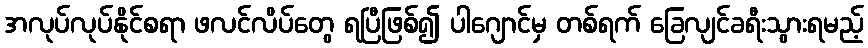
အလုပ်လုပ်နိုင်စရာ ဖလင်လိပ်တွေ ရပြီဖြစ်၍ ပါဂျောင်မှ တစ်ရက် ခြေလျင်ခရီးသွားရမည့်